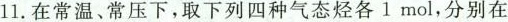
11。在常温、常压下，取下列四种气态烃各1mol，分别在